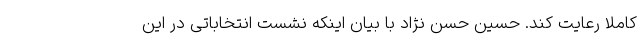
کاملا رعایت کند. حسین حسن نژاد با بیان اینکه نشست انتخاباتی در این